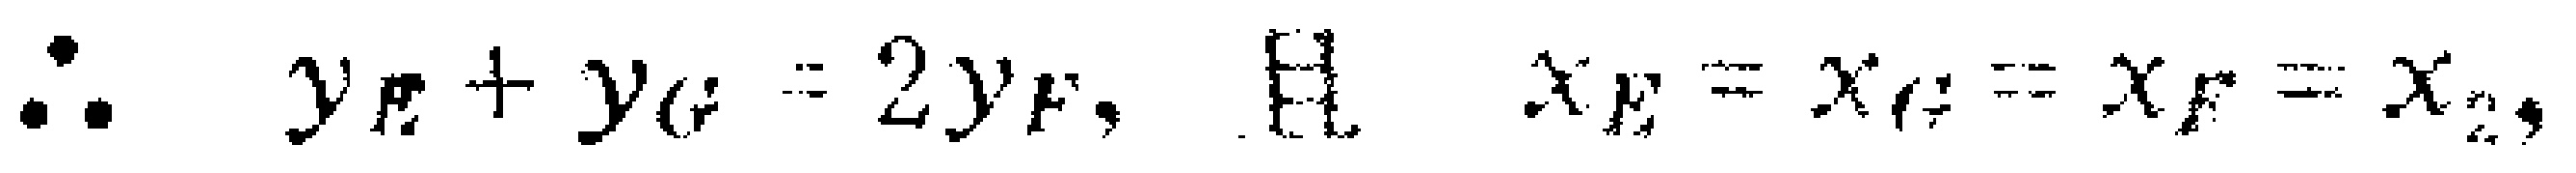
\(\therefore\ y_E + y_G = 2y_F,\ 且\ x_E = x_G = x_F = x_2,\)